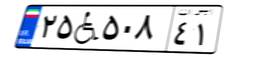
۴۳W۸۵۳۹۰